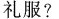
礼服?